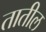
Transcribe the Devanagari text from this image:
तातील